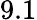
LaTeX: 9.1